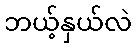
ဘယ့်နှယ်လဲ